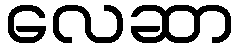
လေဆာ